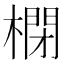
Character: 𣘥